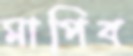
মাপিব